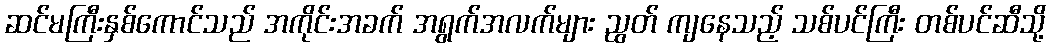
ဆင်မကြီးနှစ်ကောင်သည် အကိုင်းအခက် အရွက်အလက်များ ညွတ် ကျနေသည့် သစ်ပင်ကြီး တစ်ပင်ဆီသို့